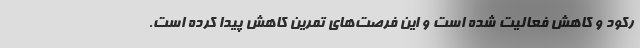
رکود و کاهش فعالیت شده است و این فرصت‌های تمرین کاهش پیدا کرده است.